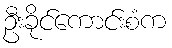
ဦးခိုင်ကောင်းစံက